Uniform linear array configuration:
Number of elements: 12
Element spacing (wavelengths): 1
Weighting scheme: binomial
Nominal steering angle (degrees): -15
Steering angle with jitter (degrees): -13.308
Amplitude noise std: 0.05
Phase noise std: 0.05

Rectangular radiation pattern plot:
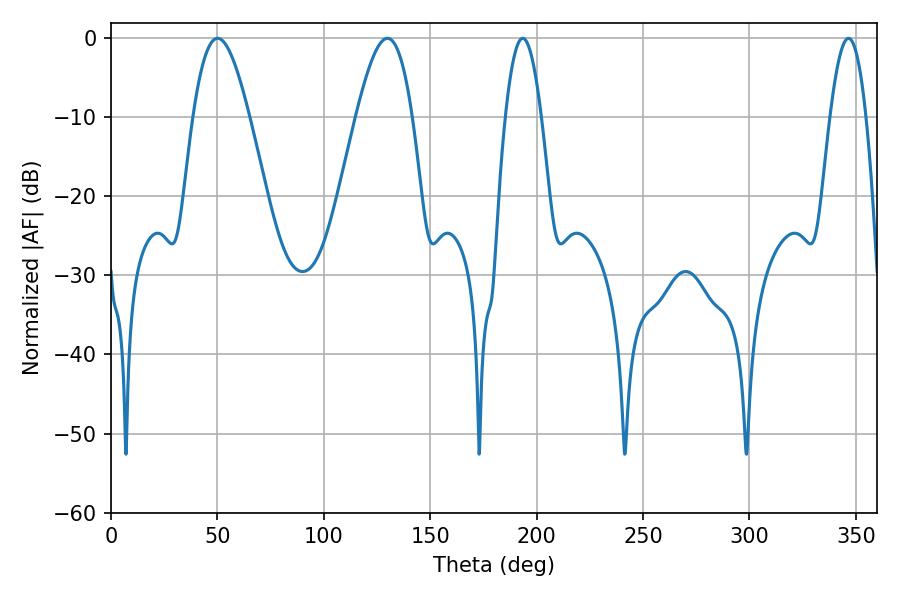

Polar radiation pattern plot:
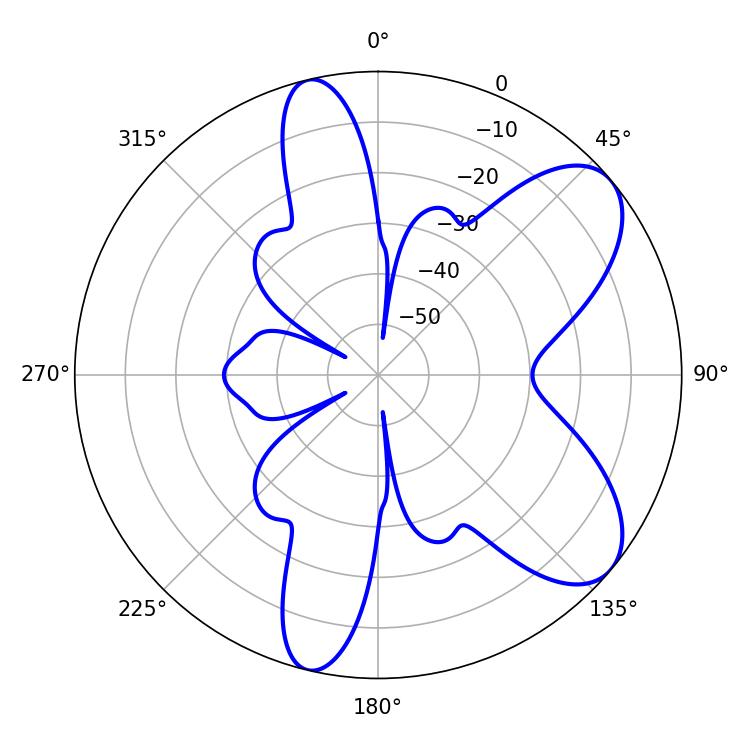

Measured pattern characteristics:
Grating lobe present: TRUE
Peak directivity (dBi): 7.726
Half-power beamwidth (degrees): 9.18
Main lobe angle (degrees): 193.5